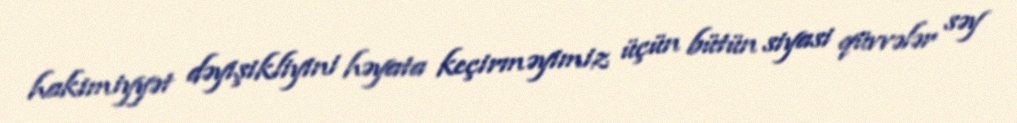
hakimiyyət dəyişikliyini həyata keçirməyimiz üçün bütün siyasi qüvvələr səy